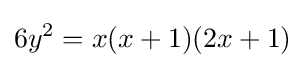
6y^{2}=x(x+1)(2x+1)